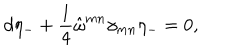
LaTeX: d \eta _ { - } + \frac { 1 } { 4 } \hat { \omega } ^ { m n } \gamma _ { m n } \eta _ { - } = 0 ,